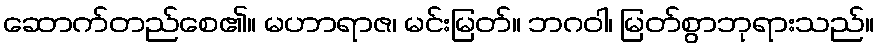
ဆောက်တည်စေ၏။ မဟာရာဇ၊ မင်းမြတ်။ ဘဂဝါ၊ မြတ်စွာဘုရားသည်။